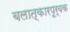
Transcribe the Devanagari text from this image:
बलात्कारपूर्वक